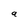
Character: 9